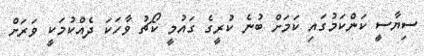
ސިޔާސީ ކަންކަމުގައި ކަމަށް ބުނެ ކުރީގެ ގައުމީ ކޯޗު ވާހަކަ ދެއްކުމަކީ ވަރަށް